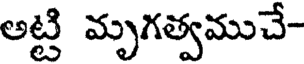
అట్టి మృగత్వముచే-